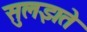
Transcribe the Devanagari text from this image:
सुलझते